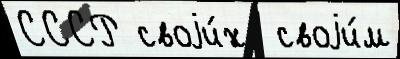
СССР своjи́х  своjи́м